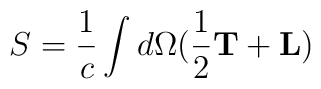
S=\frac{1}{c}\int d\Omega (\frac{1}{2}{\bf T}+{\bf L})